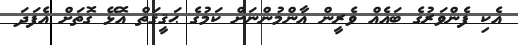
އެކި ފެންވަރުގެ ބައެއް ވެރީން އާންމުންނަށް ކަމުގެ ޙަޤީޤަތް އޮޅޭ ގޮތަށް އެފަދަ